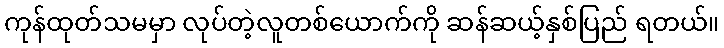
ကုန်ထုတ်သမမှာ လုပ်တဲ့လူတစ်ယောက်ကို ဆန်ဆယ့်နှစ်ပြည် ရတယ်။